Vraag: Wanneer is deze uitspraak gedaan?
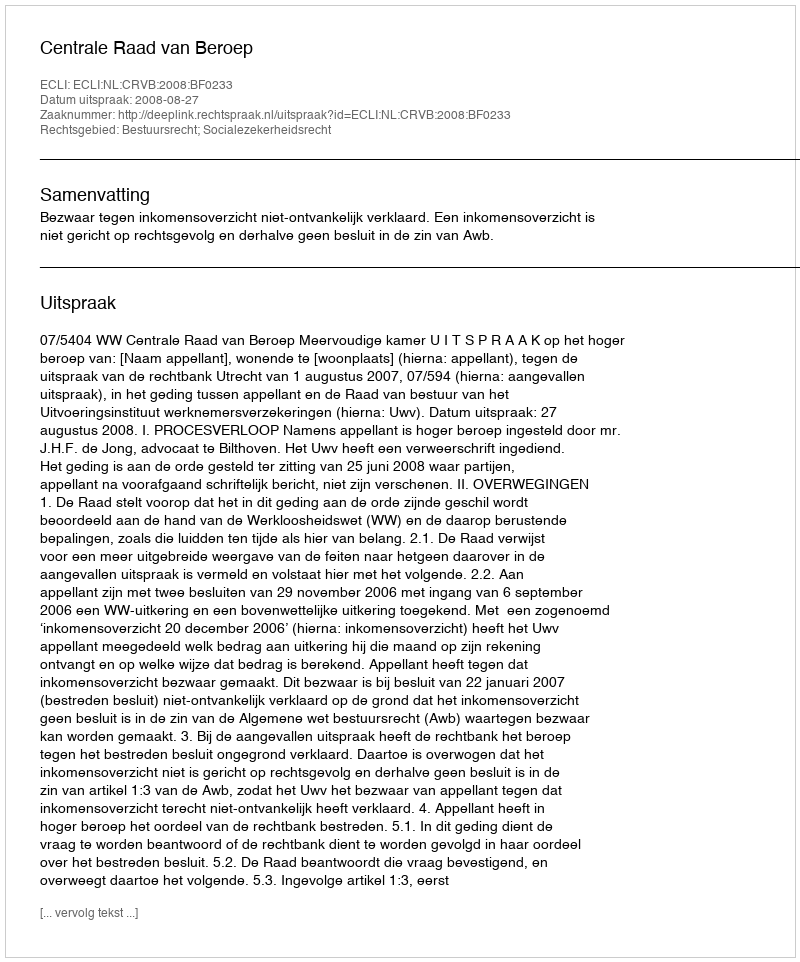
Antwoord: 2008-08-27